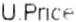
U.PRICE